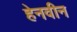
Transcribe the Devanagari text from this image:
हेनवीन